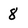
Character: 8